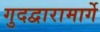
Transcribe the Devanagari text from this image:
गुदद्वारामार्गे